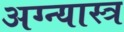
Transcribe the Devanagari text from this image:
अग्न्यास्त्र